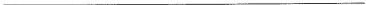
___